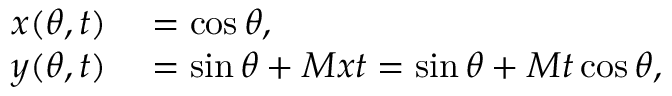
\begin{array} { r l } { x ( \theta , t ) } & { { } = \cos \theta , } \\ { y ( \theta , t ) } & { { } = \sin \theta + M x t = \sin \theta + M t \cos \theta , } \end{array}